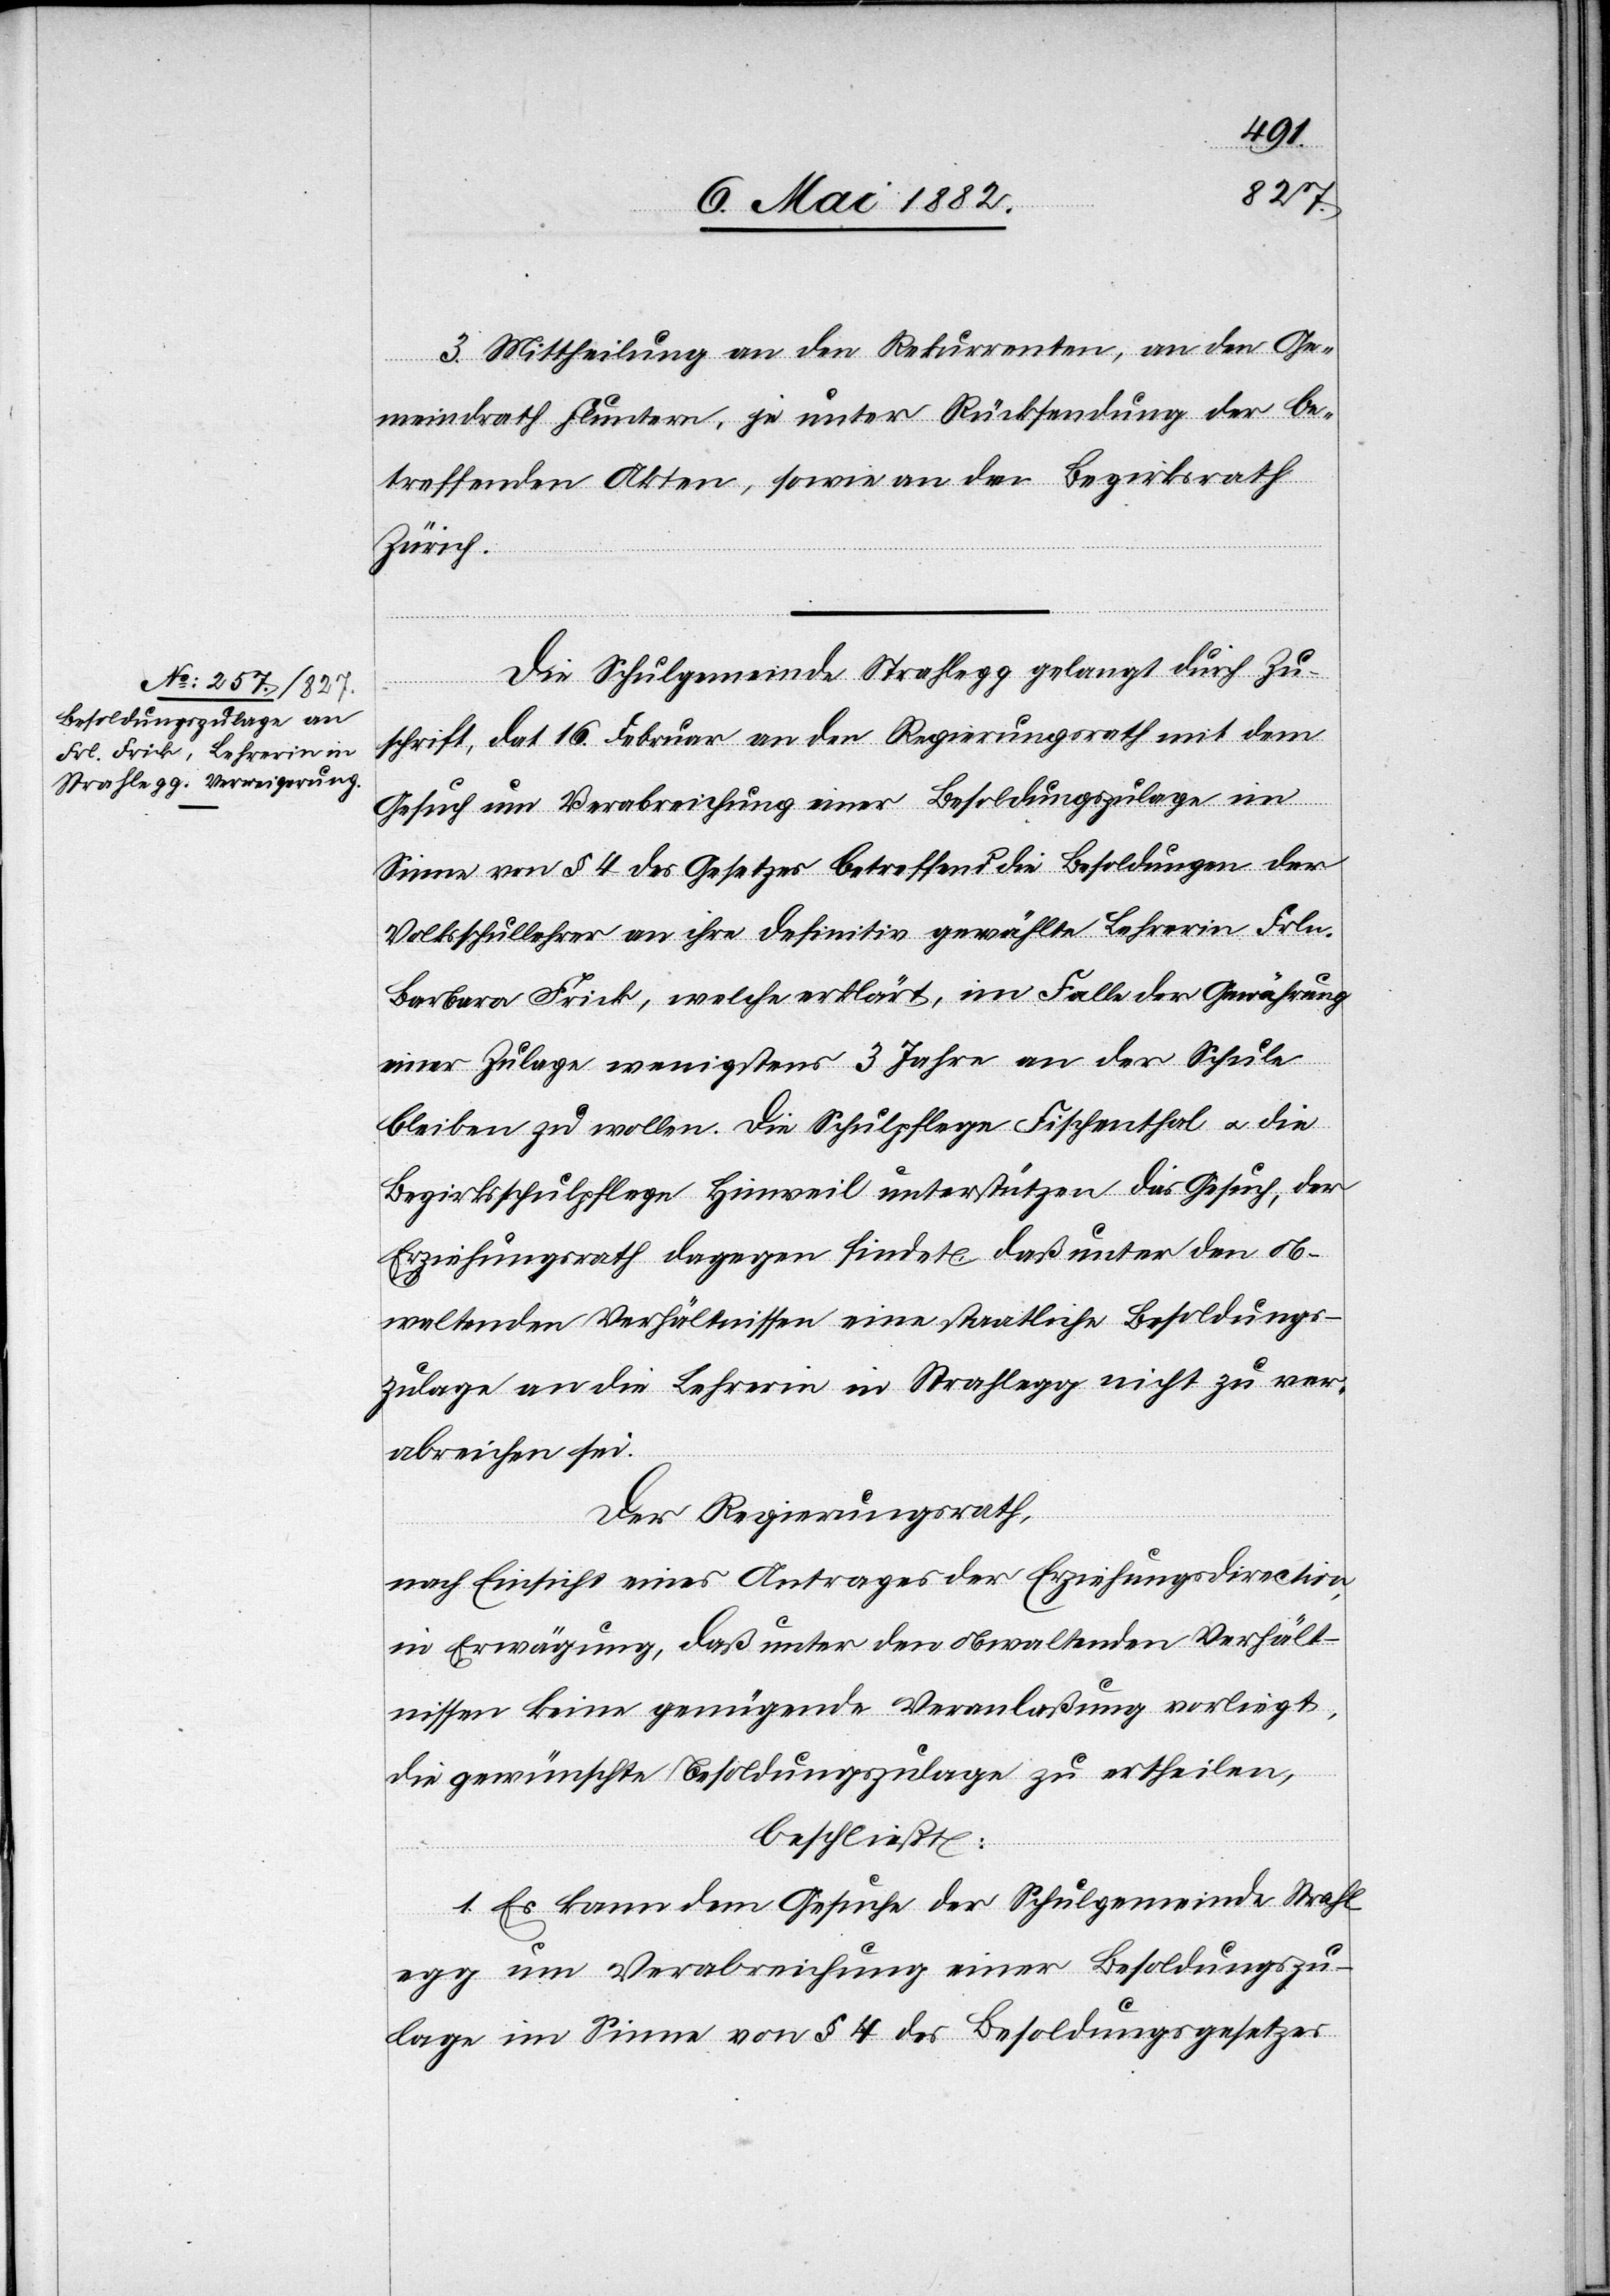
3. Mittheilung an den Rekurrenten, an den Ge¬
meindrath Fluntern, je unter Rücksendung der be¬
treffenden Akten, sowie an den Bezirksrath
Zürich.
Die Schulgemeinde Strahlegg gelangt durch Zu¬
schrift, dat. 16. Februar an den Regierungsrath mit dem
Gesuch um Verabreichung einer Besoldungszulage im
Sinne von § 4 des Gesetzes betreffend die Besoldung der
Volksschullehrer an ihre definitiv gewählte Lehrerin Frln.
Barbara Frick, welche erklärt, im Falle der Gewährung
einer Zulage wenigstens 3 Jahre an der Schule
bleiben zu wollen. Die Schulpflege Fischenthal u. die
Bezirksschulpflege Hinweil unterstützen das Gesuch, der
Erziehungsrath dagegen findet, daß unter den ob¬
waltenden Verhältnissen eine staatliche Besoldungs¬
zulage an die Lehrerin in Strahlegg nicht zu ver¬
abreichen sei.
Der Regierungsrath,
nach Einsicht eines Antrages der Erziehungsdirection,
in Erwägung, daß unter den obwaltenden Verhält¬
nissen keine genügende Veranlaßung vorliegt,
die gewünschte Besoldungszulage zu ertheilen,
beschließt:
1. Es kann dem Gesuch der Schulgemeinde Strahl¬
egg um Verabreichung einer Besoldungszu¬
lage im Sinne von § 4 des Besoldungsgesetzes